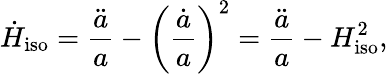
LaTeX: \dot{H}_{\mathrm{iso}}=\frac{\ddot{a}}{a}-\bigg(\frac{\dot{a}}{a}\bigg)^{2}=\frac{\ddot{a}}{a}-H_{\mathrm{iso}}^{2},